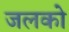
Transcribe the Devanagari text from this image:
जलको